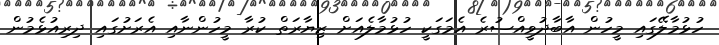
ހުޅުމާލޭގައި މީހުން އާބާދުވީއްސުރެ އެމަގަކީ ހުޅުމާލެއަށް ޒިޔާރަތް ކުރާ މީހުންނާއި އެރަށުގައި ދިރިއުޅެމުން